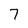
Character: 7